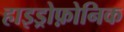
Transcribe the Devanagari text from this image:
हाइड्रोफ़ोनिक